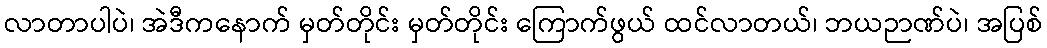
လာတာပါပဲ၊ အဲဒီကနောက် မှတ်တိုင်း မှတ်တိုင်း ကြောက်ဖွယ် ထင်လာတယ်၊ ဘယဉာဏ်ပဲ၊ အပြစ်